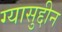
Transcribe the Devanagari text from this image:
ग्यासुद्दीन